Vital statistics of India. Vol. IV, Annual returns from 1871 to 1876. British Army of India, Native Army and jails of Bengal
Year: 1871
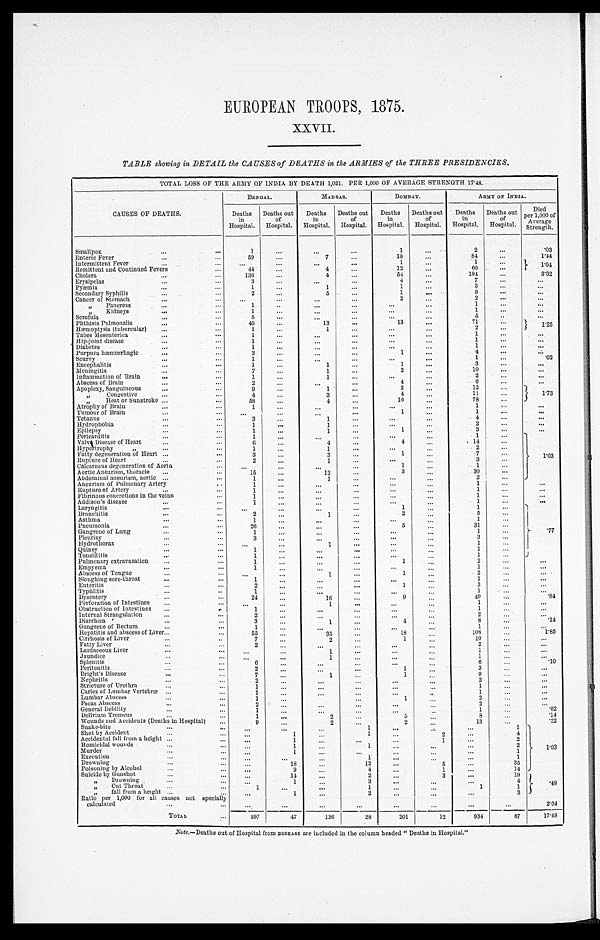
EUROPEAN TROOPS, 1875.
XXVII.
TABLE showing in DETAIL the CAUSES of DEATHS in the ARMIES of the THREE PRESIDENCIES.
TOTAL LOSS OF THE ARMY OF INDIA BY DEATH 1,021. PER 1,000 OF AVERAGE STRENGTH 17.48.
CAUSES OF DEATHS.
BENGAL.
MADRAS.
BOMBAY.
ARMY OF INDIA.
Deaths
in
Hospital.
Deaths out
of
Hospital.
Deaths
in
Hospital.
Deaths out
of
Hospital.
Deaths
in
Hospital.
Deaths out
of
Hospital.
Deaths
in
Hospital.
Deaths out
of
Hospital.
Died
per 1,000 of
Average
Strength.
Smallpox
1
1
2
.03
Enteric Fever
59
7
18
84
1 . 4 4
Intermittent Fever
1
1
1.04
Remittent and Continued Fevers
44
4
12
60
Cholera
136
4
54
194
3 . 3 2
Erysipelas
3
4
7
Pyæmia
1
1
1
3
Secondary Syphilis
2
5
1
8
Cancer of Stomach
2
2
„ Pancreas
1
1
„ Kidneys
1
1
Scrofula
5
" "
5
Phthisis Pulmonalis
45
13
13
71
1 . 2 5
Hæmoptysis (tubercular)
1
1
2
Tabes Mesenterica
1
1
Hip-joint disease
1
1
Diabetes
1
1
Purpura hæmorrhagic
3
1
4
Scurvy
1
1
.02
Encephalitis
1
1
1
3
Meningitis
7
1
2
10
Inflammation of Brain
1
1
2
Abscess of Brain
2
4
6
Apoplexy, Sanguineous
9
1
2
12
1 . 7 3
„ Congestive
4
3
4
11
Heat or Sunstroke
58
4
16
78
Atrophy of Brain
1
1
Tumour of Brain
1
1
Tetanus
3
1
4
Hydrophobia
1
1
2
Epilepsy
1
1
1
3
Pericarditis
1
1
1.03
Valve Disease of Heart
6
4
4
14
Hypertrophy „
1
1
2
Fatty degeneration of Heart
3
3
1
7
Rupture of Heart
2
1
3
Calcareous degeneration of Aorta
1
1
Aortic Aneurism, thoracic
15
12
3
30
Abdominal aneurism, aortic
1
1
2
Aneurism of Pulmonary Artery
1
1
Rupture of Artery
1
1
Fibrinous concretions in the veins
1
1
Addison's disease
1
1
Laryngitis
1
1
.77
Bronchitis
2
1
2
5
Asthma
1
1
Pneumonia
26
5
31
Gangrene of Lung
1
1
Pleurisy
3
3
Hydrothorax
1
1
Quinsy
1
1
Tonsillitis
1
1
Pulmonary extravasation
1
1
2
Empyema
1
1
Abscess of Tongue
1
1
2
Sloughing sore-throat
1
1
Enteritis
2
1
3
Typhlitis
1
1
Dysentery
24
16
9
49
.84
Perforation of Intestines
1
1
Obstruction of Intestines
1
1
Internal Strangulation
2
2
Diarrhœa
3
1
4
8
.14
Gangrene of Rectum
1
1
Hepatitis and abscess of Liver
55
35
18
108
1 . 8 5
Cirrhosis of Liver
7
2
1
10
Fatty Liver
2
2
Lardaceous Liver
1
1
Jaundice
1
1
Splenitis
6
6
.10
Peritonitis
2
1
3
Bright's Disease
7
1
1
9
Nephritis
2
2
Stricture of Urethra
1
1
Caries of Lumbar Vertebrœ
1
1
Lumbar Abscess
1
1
2
Psoas Abscess
2
2
General Debility
1
1
.02
Delirium Tremens
1
2
5
8
.14
Wounds and Accidents (Deaths in Hospital
)
9
2
2
13
.22
S n a k e - b i t e
1
1
1.03
Shot by Accident
1
1
2
4
Accidental fall from a height
1
1
2
Homicidal wounds
1
1
2
Murder
1
1
Execution
1
1
Drowning
18
12
5
35
Poisoning by Alcohol
9
4
1
14
Suicide by Gunshot
14
2
3
19
. 4
8
„ Drowning
1
3
4
„ Cut Throat
1
1
1
1
„ fall from a height
1
2
3
Ratio per 1,000 for all causes not specially
calculated
2 . 0 4
TOTAL
597
47
136
28
201
12
934
87
1 7 . 4 8
Note. —Deaths out of Hospital from DISEASE are included in the column headed "Deaths in Hospital."